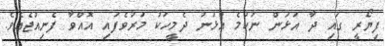
ފިޔޯރީ ގައި ދާ އަޅަން ނުކުމެ އުޅުނު ދެމީހަކު މަރުވެފައި އޮއްވާ ފެނިއްޖެއެވެ.